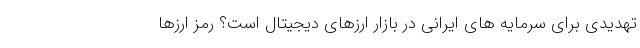
تهدیدی برای سرمایه های ایرانی در بازار ارزهای دیجیتال است؟ رمز ارزها